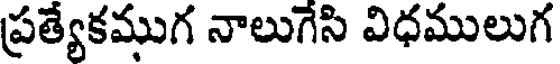
ప్రత్యేకముగ నాలుగేసి విధములుగ